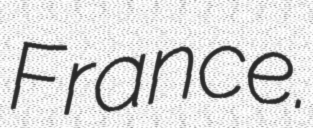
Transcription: France.